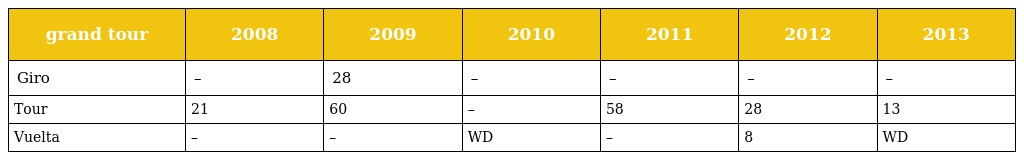
| grand tour | 2008 | 2009 | 2010 | 2011 | 2012 | 2013 |
 | --- | --- | --- | --- | --- | --- | --- |
 | Giro | – | 28 | – | – | – | – |
 | Tour | 21 | 60 | – | 58 | 28 | 13 |
 | Vuelta | – | – | WD | – | 8 | WD |